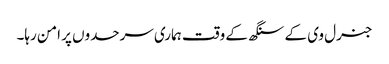
جنرل وی کے سنگھ کے وقت ہماری سرحدوں پر امن رہا۔